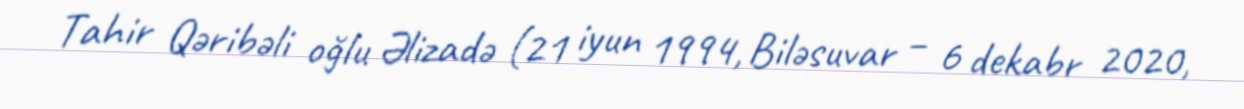
Tahir Qəribəli oğlu Əlizadə (21 iyun 1994, Biləsuvar – 6 dekabr 2020,